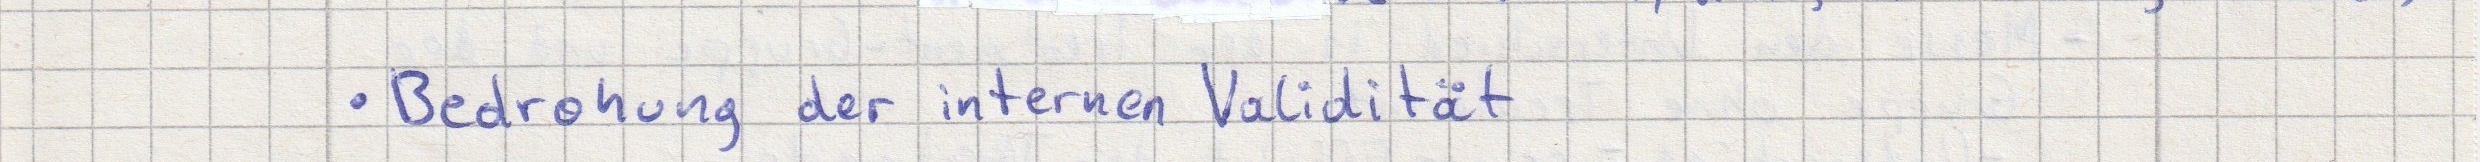
- Bedrohung der internen Validität